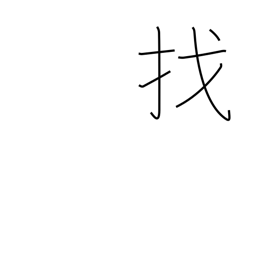
Meaning: make change